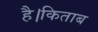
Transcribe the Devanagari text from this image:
है।किताब